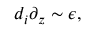
d _ { i } \partial _ { z } \sim \epsilon ,